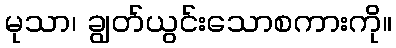
မုသာ၊ ချွတ်ယွင်းသောစကားကို။